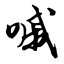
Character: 嘁